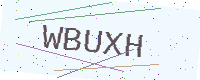
Text: WBUXH